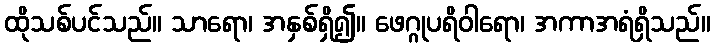
ထိုသစ်ပင်သည်။ သာရော၊ အနှစ်ရှိ၍။ ဖေဂ္ဂုပရိဝါရော၊ အကာအရံရှိသည်။